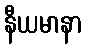
နီယမာနာ